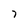
Character: 7